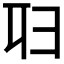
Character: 𠨔